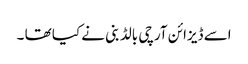
اسے ڈیزائن آرچی بالڈ بنی نے کیا تھا ۔